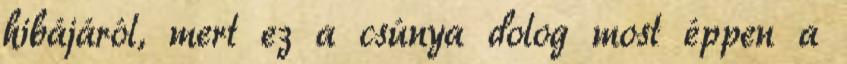
hibájáról, mert ez a csúnya dolog most éppen a